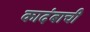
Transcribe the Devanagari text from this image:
कादंबाची